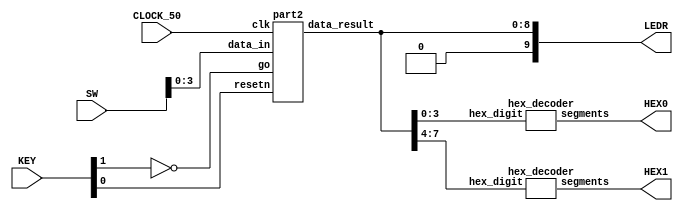
//Sw[7:0] data_in

//KEY[0] synchronous reset when pressed
//KEY[1] go signal

//LEDR displays result
//HEX0 & HEX1 also displays result

module Lab6P3(SW, KEY, CLOCK_50, LEDR, HEX0, HEX1);
    input [9:0] SW;
    input [3:0] KEY;
    input CLOCK_50;
    output [9:0] LEDR;
    output [6:0] HEX0, HEX1;

    wire resetn;
    wire go;

    wire [8:0] data_result;
    assign go = ~KEY[1];
    assign resetn = KEY[0];

    part2 u0(
        .clk(CLOCK_50),
        .resetn(resetn),
        .go(go),
        .data_in(SW[3:0]),
        .data_result(data_result)
    );
      
    assign LEDR[9:0] = {1'b0, data_result};

    hex_decoder H0(
        .hex_digit(data_result[3:0]), 
        .segments(HEX0)
        );
        
    hex_decoder H1(
        .hex_digit(data_result[7:4]), 
        .segments(HEX1)
        );

endmodule

module part2(
    input clk,
    input resetn,
    input go,
    input [3:0] data_in,
    output [8:0] data_result
    );

    // lots of wires to connect our datapath and control
    wire ld_r, ld_d, ld_e;
    wire ld_alu_out;


    control C0(
        .clk(clk),
        .resetn(resetn),
        
        .go(go),
        
        .ld_alu_out(ld_alu_out), 
        .ld_r(ld_r),
        .ld_d(ld_d),
        .ld_e(ld_e)
    );

    datapath D0(
        .clk(clk),
        .resetn(resetn),
		  .data_in(data_in),

        .ld_alu_out(ld_alu_out), 
        .ld_r(ld_r),
        .ld_d(ld_d),
        .ld_e(ld_e),

        .data_result(data_result)
    );
                
 endmodule        
                

module control(
    input clk,
    input resetn,
    input go,

    output reg  ld_r, ld_d, ld_e,
    output reg  ld_alu_out
    );

    reg [3:0] current_state, next_state; 
    
    localparam  S_LOAD_Divident        = 4'd0,
                S_LOAD_Divident_WAIT   = 4'd1,
                S_LOAD_Divisor         = 4'd2,
                S_LOAD_Divisor_WAIT    = 4'd3,
                S_CYCLE_0       			= 4'd4,
                S_CYCLE_1      			= 4'd5,
                S_CYCLE_2       			= 4'd6,
					 S_CYCLE_3     			= 4'd7;
    
    // Next state logic aka our state table
    always@(*)
    begin: state_table 
            case (current_state)
                S_LOAD_Divident: next_state = go ? S_LOAD_Divident_WAIT : S_LOAD_Divident; // Loop in current state until value is input
                S_LOAD_Divident_WAIT: next_state = go ? S_LOAD_Divident_WAIT : S_LOAD_Divisor; // Loop in current state until go signal goes low
                S_LOAD_Divisor: next_state = go ? S_LOAD_Divisor_WAIT : S_LOAD_Divisor; // Loop in current state until value is input
                S_LOAD_Divisor_WAIT: next_state = go ? S_LOAD_Divisor_WAIT : S_CYCLE_0; // Loop in current state until go signal goes low
           
                S_CYCLE_0: next_state = S_CYCLE_1;
					 S_CYCLE_1: next_state = S_CYCLE_2;
					 S_CYCLE_2: next_state = S_CYCLE_3;
                S_CYCLE_3: next_state = S_LOAD_Divident; // we will be done our two operations, start over after
            default:     next_state = S_LOAD_Divident;
        endcase
    end // state_table
   

    // Output logic aka all of our datapath control signals
    always @(*)
    begin: enable_signals
        // By default make all our signals 0
        ld_alu_out = 1'b0;
        ld_r = 1'b0;
        ld_d = 1'b0;
        ld_e = 1'b0;

        case (current_state)
            S_LOAD_Divident: begin
                ld_alu_out = 1'b0;
					 ld_d = 1'b1;
                end
            S_LOAD_Divisor: begin
                ld_r = 1'b1;
                end
            S_CYCLE_0: begin
                ld_alu_out = 1'b1; ld_d = 1'b1;
                end
            S_CYCLE_1: begin
                ld_alu_out = 1'b1; ld_d = 1'b1;
                end
            S_CYCLE_2: begin 
                ld_alu_out = 1'b1; ld_d = 1'b1;
					 end
            S_CYCLE_3: begin
                ld_e = 1'b1;
              
            end
        // default:    // don't need default since we already made sure all of our outputs were assigned a value at the start of the always block
        endcase
    end // enable_signals
   
    // current_state registers
    always@(posedge clk)
    begin: state_FFs
        if(!resetn)
            current_state <= S_LOAD_Divident;
        else
            current_state <= next_state;
    end // state_FFS
endmodule


module datapath(
    input clk,
    input resetn,
    input [3:0] data_in,
    input ld_alu_out, 
    input ld_r, ld_d, ld_e,
    output reg [8:0] data_result
    );
    
    // Register for Dividend and RA
    reg [8:0] bigRegister;
	 
	 // Register for the Divisor
	 reg [3:0] divisor;
	 
    // output of the alu
    reg [8:0] alu_out;
	 
    
    // Registers bigRegister and divisor with respective input logic
    always @ (posedge clk) begin
        if (!resetn) begin
            bigRegister <= 9'd0; 
            divisor <= 9'd0; 
        end
        else begin
            if (ld_d)
                bigRegister <= ld_alu_out ? alu_out : data_in; // load alu_out if load_alu_out signal is high, otherwise load from data_in
         
            if (ld_r)
                divisor <= data_in;
        end
    end
 
    // Output result register
    always @ (posedge clk) begin
        if (!resetn) begin
            data_result <= 9'd0; 
        end
        else 
            if(ld_e)
                data_result <= alu_out;
    end

    // The ALU 
    always @(*)
    begin : ALU
        // alu
        alu_out = (bigRegister << 1) - (divisor << 4); 
		  if(alu_out[8]) begin
				alu_out <= alu_out + (divisor << 4); 
		  end
		  else
		  alu_out <= alu_out + 1'b1;
    end
    
endmodule


module hex_decoder(hex_digit, segments);
    input [3:0] hex_digit;
    output reg [6:0] segments;
   
    always @(*)
        case (hex_digit)
            4'h0: segments = 7'b100_0000;
            4'h1: segments = 7'b111_1001;
            4'h2: segments = 7'b010_0100;
            4'h3: segments = 7'b011_0000;
            4'h4: segments = 7'b001_1001;
            4'h5: segments = 7'b001_0010;
            4'h6: segments = 7'b000_0010;
            4'h7: segments = 7'b111_1000;
            4'h8: segments = 7'b000_0000;
            4'h9: segments = 7'b001_1000;
            4'hA: segments = 7'b000_1000;
            4'hB: segments = 7'b000_0011;
            4'hC: segments = 7'b100_0110;
            4'hD: segments = 7'b010_0001;
            4'hE: segments = 7'b000_0110;
            4'hF: segments = 7'b000_1110;   
            default: segments = 7'h7f;
        endcase
endmodule